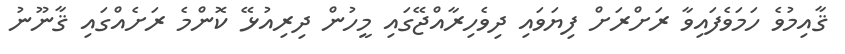
ޤާއިމުވެ ހަމަވެފައިވާ ރަށްރަށް ފިޔަވައި ދިވެހިރާއްޖޭގައި މީހުން ދިރިއުޅޭ ކޮންމެ ރަށެއްގައި ޤާނޫނު